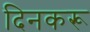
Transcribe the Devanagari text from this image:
दिनकरू